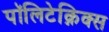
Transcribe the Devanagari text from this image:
पॉलिटेक्निक्स